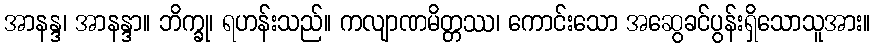
အာနန္ဒ၊ အာနန္ဒာ။ ဘိက္ခု၊ ရဟန်းသည်။ ကလျာဏမိတ္တဿ၊ ကောင်းသော အဆွေခင်ပွန်းရှိသောသူအား။